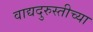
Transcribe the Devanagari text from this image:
वाद्यदुरुस्तीच्या